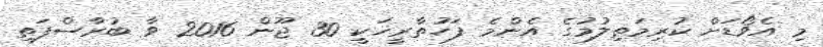
މި އެވޯޑަށް ކުރިމަތިލުމުގެ އެންމެ ފަހުތާރީޚަކީ 30 ޖޫން 2016 ވާ ބުރާސްފަތި